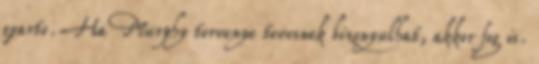
gyarto. Ha Murphy torvenye tevesnek bizonyulhat, akkor fog is.